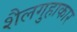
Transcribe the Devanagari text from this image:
शैलगुहाकार